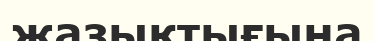
жазықтығына